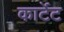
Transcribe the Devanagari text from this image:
कार्टेट